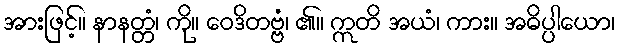
အားဖြင့်။ နာနတ္တံ၊ ကို။ ဝေဒိတဗ္ဗံ၊ ၏။ ဣတိ အယံ၊ ကား။ အဓိပ္ပါယော၊